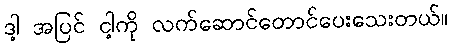
ဒါ့ အပြင် ငါ့ကို လက်ဆောင်တောင်ပေးသေးတယ်။